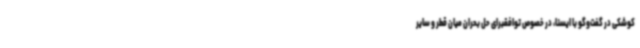
کوشکی در گفت‌وگو با ایسنا، در خصوص توافقبرای حل بحران میان قطر و سایر